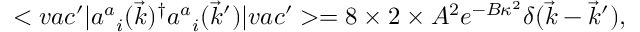
< v a c ^ { \prime } | { a ^ { a } } _ { i } ( \vec { k } ) ^ { \dagger } { a ^ { a } } _ { i } ( \vec { k } ^ { \prime } ) | v a c ^ { \prime } > = 8 \times 2 \times A ^ { 2 } e ^ { - B \kappa ^ { 2 } } \delta ( \vec { k } - \vec { k } ^ { \prime } ) ,